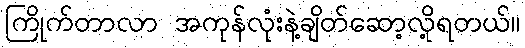
ကြိုက်တာလာ အကုန်လုံးနဲ့ချိတ်ဆော့လို့ရတယ်။